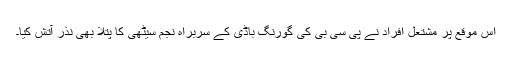
اس موقع پر مشتعل افراد نے پی سی بی کی گورنگ باڈی کے سربراہ نجم سیٹھی کا پتلا بھی نذر آتش کیا۔